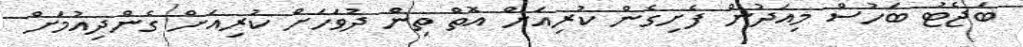
ބަޖެޓު ބަހުސް މިއަދުން ފެށިގެން ކުރިއަށް އޮތް ތިން ދުވަހަށް ކުރިއަށް ގެންދިއުމަށް